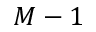
M - 1